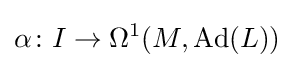
\alpha \colon I\rightarrow \Omega ^{1}(M,\operatorname {Ad} (L))